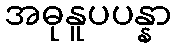
အဓုနူပပန္နာ